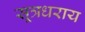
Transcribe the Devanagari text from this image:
सूत्रधराय